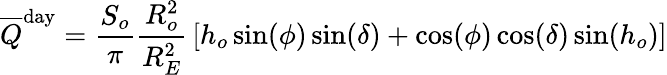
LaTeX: {\overline{{Q}}}^{\mathrm{day}}={\frac{S_{o}}{\pi}}{\frac{R_{o}^{2}}{R_{E}^{2}}}\left[h_{o}\sin(\phi)\sin(\delta)+\cos(\phi)\cos(\delta)\sin(h_{o})\right]